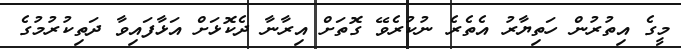
މީގެ އިތުރުން ހަތިޔާރު އެތެރެ ނުކުރެވޭ ގޮތަށް އިރާނާ ދެކޮޅަށް އަޅާފައިވާ ދަތިކުރުމުގެ